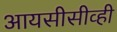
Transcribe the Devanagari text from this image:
आयसीसीव्ही